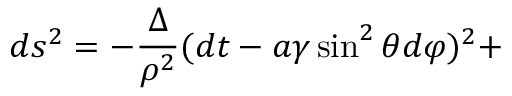
d s ^ { 2 } = - \frac { \Delta } { \rho ^ { 2 } } ( d t - a \gamma \sin ^ { 2 } \theta d \varphi ) ^ { 2 } +